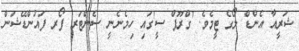
ޝަރީއާ އެންޑް ލޯގެ ޓީމެވެ. 'ގްރޫޕް ސީ'ގައި ހިމެނެނީ ސެންޓަރ ފޯރ ފައުންޑޭޝަން